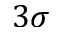
3 \sigma